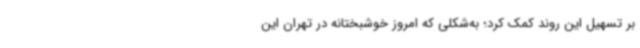
بر تسهیل این روند کمک کرد؛ به‌شکلی که امروز خوشبختانه در تهران این